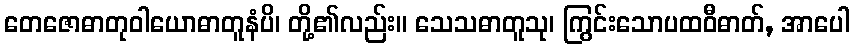
တေဇောဓာတုဝါယောဓာတူနံပိ၊ တို့၏လည်း။ သေသဓာတူသု၊ ကြွင်းသောပထဝီဓာတ်, အာပေါ